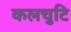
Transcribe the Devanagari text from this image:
कलचुटि